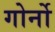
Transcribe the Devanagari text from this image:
गोर्नो